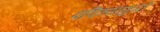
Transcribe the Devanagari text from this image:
पवित्र्यामुळे